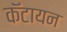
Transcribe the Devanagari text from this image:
कॅटायन